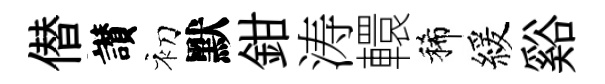
僣讃初默鉗涛轘稀緩谿